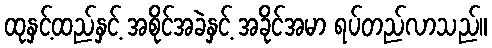
ထုနှင့်ထည်နှင့် အစိုင်အခဲနှင့် အခိုင်အမာ ရပ်တည်လာသည်။